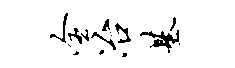
全冶基